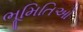
ભૂમિતિઓ